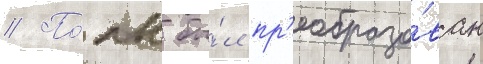
// По́лк бы́л пр'еобразо́ван